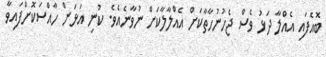
ބޮއެފައި އެއްލާ ދަޅު ވެސް ޖެހުނުހާތާކަށް އެއްލާލާކަށް ނުވާނެއެވެ. ކުނި އަޅަން ހާއްސަކޮށްފައިވާ